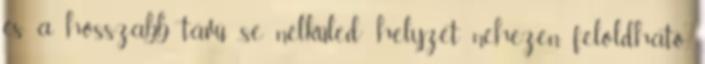
és a hosszabb távú „se nélküled” helyzet nehezen feloldható,